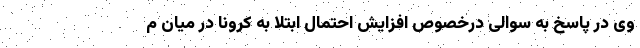
وی در پاسخ به سوالی درخصوص افزایش احتمال ابتلا به کرونا در میان م